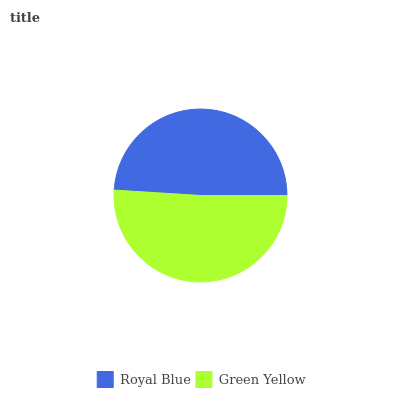
| Royal Blue | Green Yellow |
 | --- | --- |
 | 49% | 51% |